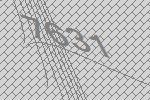
7631